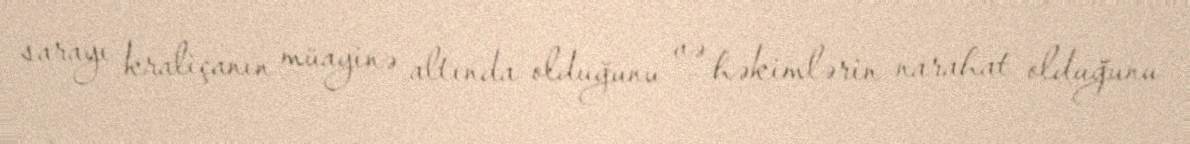
sarayı kraliçanın müayinə altında olduğunu və həkimlərin narahat olduğunu